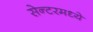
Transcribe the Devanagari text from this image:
सेन्टरमध्ये